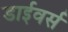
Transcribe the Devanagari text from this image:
डाईवर्स